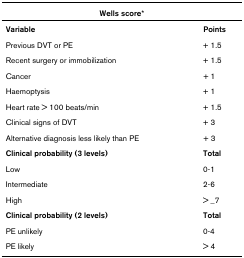
| <COLSPAN=2> Wells score* |
 | --- | --- |
 | Variable | Points |
 | Previous DVT or PE | + 1.5 |
 | Recent surgery or immobilization | + 1.5 |
 | Cancer | + 1 |
 | Haemoptysis | + 1 |
 | Heart rate > 100 beats/min | + 1.5 |
 | Clinical signs of DVT | + 3 |
 | Alternative diagnosis less likely than PE | + 3 |
 | Clinical probability (3 levels) | Total |
 | Low | 0-1 |
 | Intermediate | 2-6 |
 | High | > _7 |
 | Clinical probability (2 levels) | Total |
 | PE unlikely | 0-4 |
 | PE likely | > 4 |